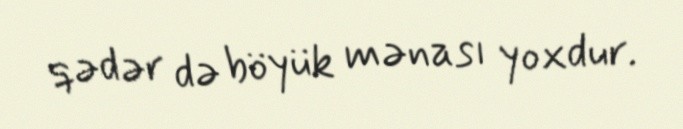
qədər də böyük mənası yoxdur.